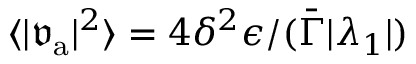
\langle \vert \mathfrak { v } _ { \mathrm { a } } \vert ^ { 2 } \rangle = 4 \delta ^ { 2 } \epsilon / ( \bar { \Gamma } | \lambda _ { 1 } | )